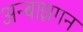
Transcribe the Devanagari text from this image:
अन्बाझगन